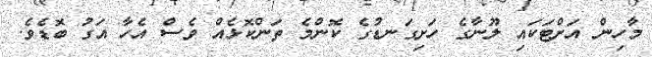
މާހިން އަށްޓަކައި ލޫނާގެ ހަށިގަނޑުގެ ކޮންމެ ތަންކޮޅެއް ވެސް އެހާ އަގު ބޮޑެވެ.